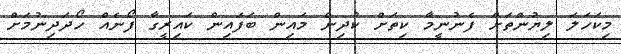
މިކަހަލަ ލިޔުންތަށް ފެނުނީމާ ކިތަށް ކުދިން މަައިން ބަފައިން ކައިރީގާ ފޯނެއް ހޯދަދިނުމަށް